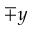
\mp y